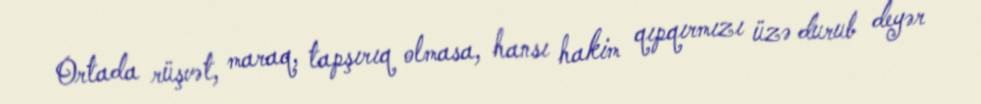
Ortada rüşvət, maraq, tapşırıq olmasa, hansı hakim qıpqırmızı üzə durub deyər